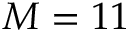
M = 1 1